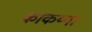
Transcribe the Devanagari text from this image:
काकय्या